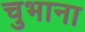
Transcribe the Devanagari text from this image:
चुभाना